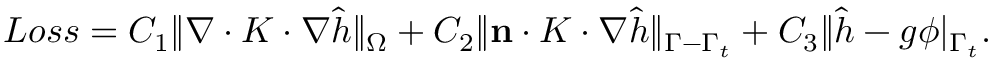
\begin{array} { r } { L o s s = C _ { 1 } \| \nabla \cdot K \cdot \nabla \hat { h } \| _ { \Omega } + C _ { 2 } \| \mathbf { n } \cdot K \cdot \nabla \hat { h } \| _ { \Gamma - \Gamma _ { t } } + C _ { 3 } \| \hat { h } - g \phi | _ { \Gamma _ { t } } . } \end{array}